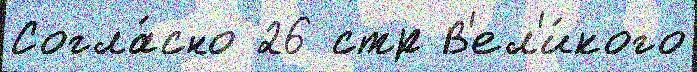
Согла́сно 26 стр В'ел'и́кого